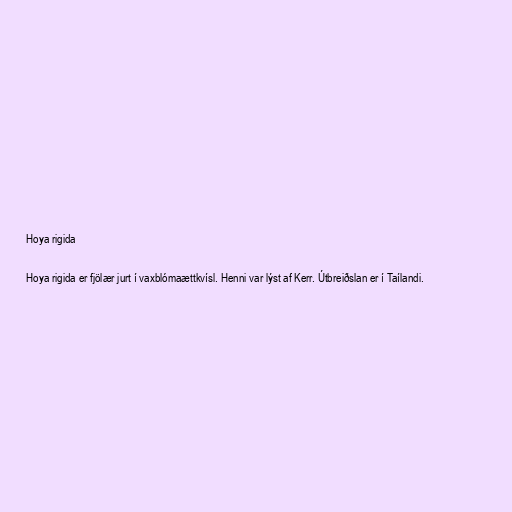
Hoya rigida

Hoya rigida er fjölær jurt í vaxblómaættkvísl. Henni var lýst af Kerr. Útbreiðslan er í Taílandi.